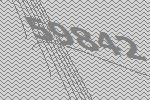
59842